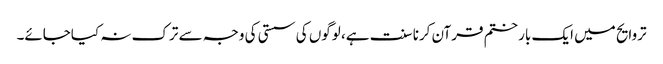
تروایح میں ایک بار ختم قرآن کرنا سنت ہے، لوگوں کی سستی کی وجہ سے ترک نہ کیاجائے۔